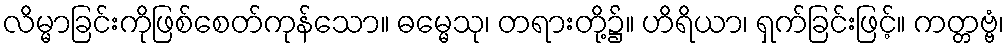
လိမ္မာခြင်းကိုဖြစ်စေတ်ကုန်သော။ ဓမ္မေသု၊ တရားတို့၌။ ဟိရိယာ၊ ရှက်ခြင်းဖြင့်။ ကတ္တဗ္ဗံ၊